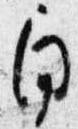
角